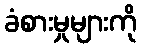
ခံစားမှုများကို